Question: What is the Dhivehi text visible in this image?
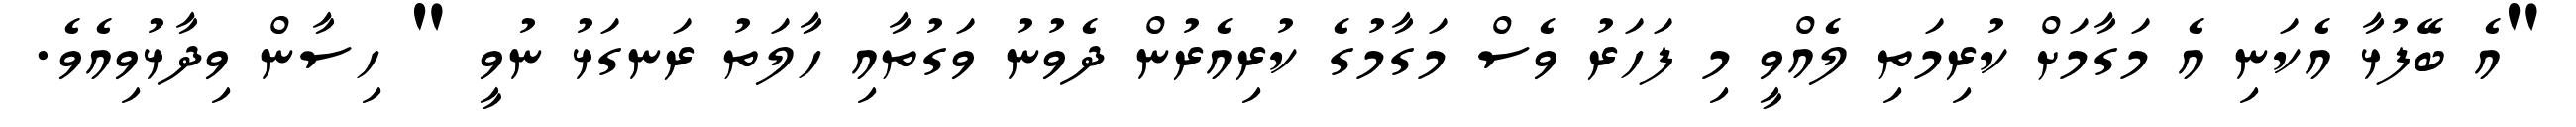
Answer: "އެ ބޭފުޅާ އެކަނި އެ މަގާމަށް ކުރިމަތި ލެއްވީ މި ފަހަރު ވެސް މަގާމުގެ ކުރިއެރުން ދެވުނު ވަގުތާއި ހާލަތު ރަނގަޅު ނުވީ " ހިސާން ވިދާޅުވިއެވެ.